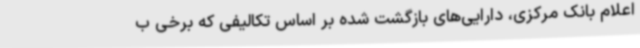
اعلام بانک مرکزی، دارایی‌های بازگشت شده بر اساس تکالیفی که برخی ب